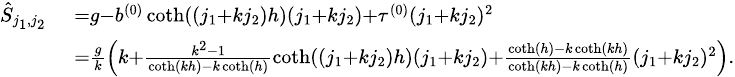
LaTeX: \begin{array}{rl}{{\scriptstyle\hat{S}_{j_{1},j_{2}}}}&{{\scriptstyle=g-b^{(0)}\coth((j_{1}+kj_{2})h)(j_{1}+kj_{2})+\tau^{(0)}(j_{1}+kj_{2})^{2}}}\\ &{{\scriptstyle=\frac{g}{k}\left(k+\frac{k^{2}-1}{\coth(kh)-k\coth(h)}\coth((j_{1}+kj_{2})h)(j_{1}+kj_{2})+\frac{\coth(h)-k\coth(kh)}{\coth(kh)-k\coth(h)}(j_{1}+kj_{2})^{2}\right).}}\end{array}